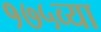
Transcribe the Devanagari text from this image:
१७५व्या